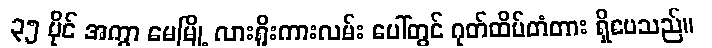
၃၅ မိုင် အကွာ မေမြို့ လားရှိုးကားလမ်း ပေါ်တွင် ဂုတ်ထိပ်တံတား ရှိပေသည်။